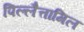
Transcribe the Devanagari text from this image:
पिल्लैत्तामिल